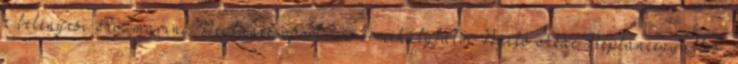
a belényesi Rozmaring Néptánccsoport, az érmihályfalvi Nyíló Akác Néptáncegyüttes,